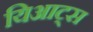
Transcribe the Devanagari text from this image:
यिआट्स